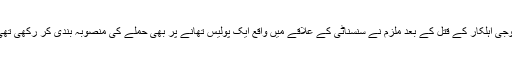
فوجی اہلکار کے قتل کے بعد ملزم نے سنسناٹی کے علاقے میں واقع ایک پولیس تھانے پر بھی حملے کی منصوبہ بندی کر رکھی تھی۔